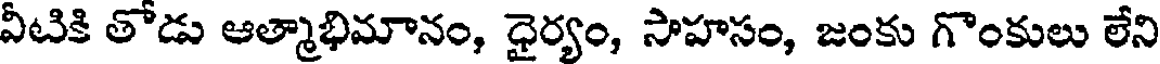
వీటికి తోడు ఆత్మాభిమానం, ధైర్యం, సాహసం, జంకు గొంకులు లేని